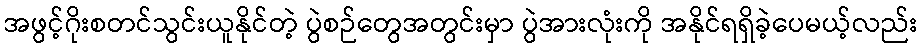
အဖွင့်ဂိုးစတင်သွင်းယူနိုင်တဲ့ ပွဲစဉ်တွေအတွင်းမှာ ပွဲအားလုံးကို အနိုင်ရရှိခဲ့ပေမယ့်လည်း